Document type: Grant
Year: 1403
Scribe: Berenguer Pedrosell
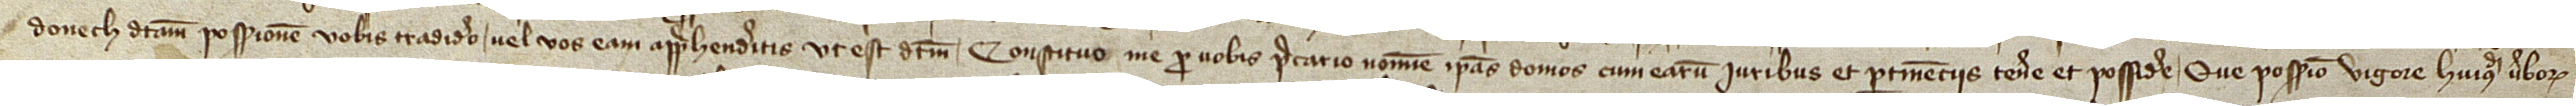
donech dictam possessionem vobis tradidero vel vos eam apprehenderitis, ut est dictum, constituo me pro vobis precario nomine ipsas domos cum earum iuribus et pertinenciis tenere et possidere. Que possessio vigore huiusmodi verborum